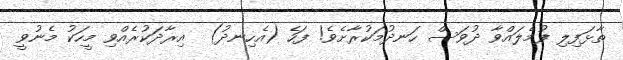
ތާޅަފިލި ފުމެލައްވާ ދުވަސް ހަނދުމަކުރާށެވެ! ފަހެ (އެހިނދު)  އިރާދަކުރެއްވި މީހަކު މެނުވީ